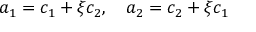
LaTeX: a _ { 1 } = c _ { 1 } + \xi c _ { 2 } , ~ ~ ~ a _ { 2 } = c _ { 2 } + \xi c _ { 1 }